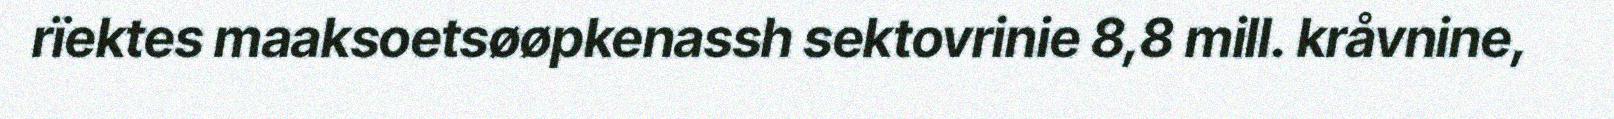
rïektes maaksoetsøøpkenassh sektovrinie 8,8 mill. kråvnine,